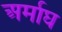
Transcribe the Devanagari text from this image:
अर्माघ